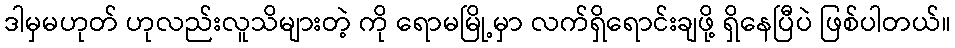
ဒါမှမဟုတ် ဟုလည်းလူသိများတဲ့ ကို ရောမမြို့မှာ လက်ရှိရောင်းချဖို့ ရှိနေပြီပဲ ဖြစ်ပါတယ်။